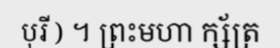
បុរី ) ។ ព្រះមហា ក្ស័ត្រ